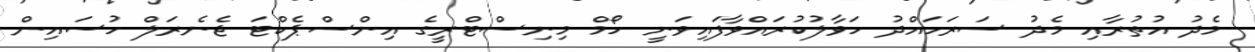
މެދު އުތުރާއި މެދު ސަރަހައްދު ހަވާލުކުރައްވާފައިވަނީ ހޯމް މިނިސްޓްރީގެ އިންސްޕެކްޓަ ޖެނެރަލް ހުސައިން